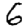
Digit: 6